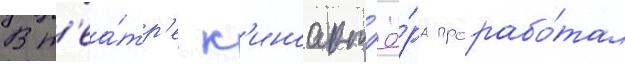
В т'еа́тр'е к'иноакт'ё́ра прорабо́тал